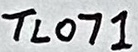
Text: TL071